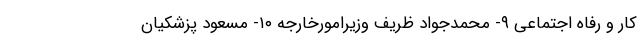
کار و رفاه اجتماعی ۹- محمدجواد ظریف وزیرامورخارجه ۱۰- مسعود پزشکیان